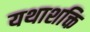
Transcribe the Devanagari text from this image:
यथाशक्ति